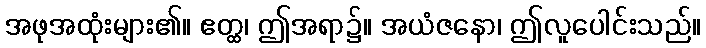
အဖုအထုံးများ၏။ ဧတ္ထ၊ ဤအရာ၌။ အယံဇနော၊ ဤလူပေါင်းသည်။